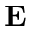
\textbf { E }